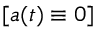
[ a ( t ) \equiv 0 ]